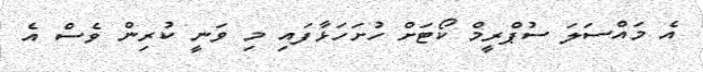
އެ މައްސަލަ ސުޕްރީމް ކޯޓަށް ހުށަހަޅާފައި މި ވަނީ ކުރިން ވެސް އެ